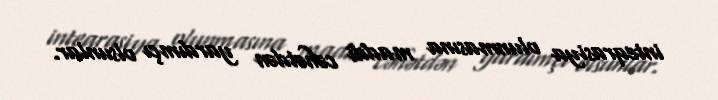
inteqrasiya olunmasına maddi cəhətdən yardımçı olsunlar.